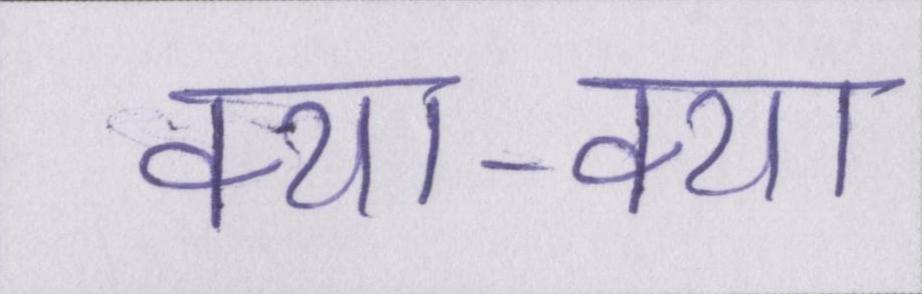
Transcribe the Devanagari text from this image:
क्या-क्या